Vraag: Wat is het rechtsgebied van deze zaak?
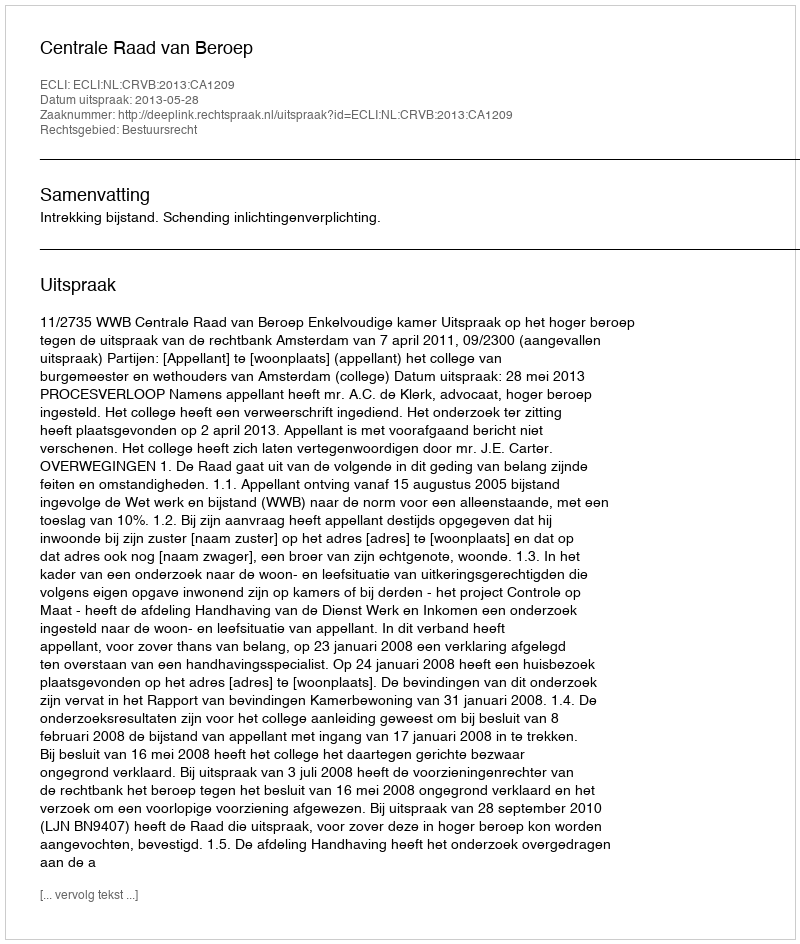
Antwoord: Bestuursrecht